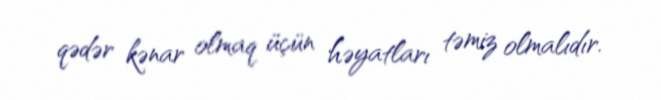
qədər kənar olmaq üçün həyatları təmiz olmalıdır.